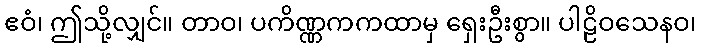
ဧဝံ၊ ဤသို့လျှင်။ တာဝ၊ ပကိဏ္ဏကကထာမှ ရှေးဦးစွာ။ ပါဠိဝသေနဝ၊